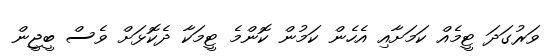
ވަރުގަދަ ޓީމެއް ކަމަށާއި އެހެން ކަމުން ކޮންމެ ޓީމަކާ ދެކޮޅަށް ވެސް ބީޖީން